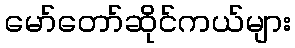
မော်တော်ဆိုင်ကယ်များ